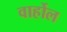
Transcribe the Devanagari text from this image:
वार्होल